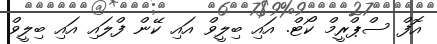
އޮފް ސްޕްރީމް ކޯޓް. އައި ބިލީވް އައި ކޭން ފްލައި އައި ބިލީވް